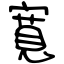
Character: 寛